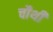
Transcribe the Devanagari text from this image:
चाैथी